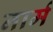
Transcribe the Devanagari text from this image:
नार्म